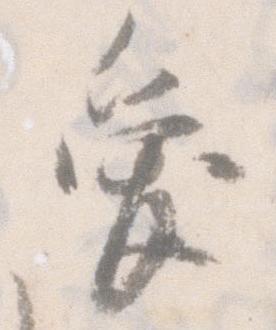
愛